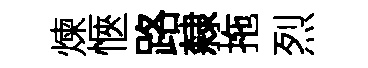
煉愜路隸拖烈